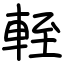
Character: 輊